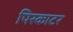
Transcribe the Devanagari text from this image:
पिस्काटर